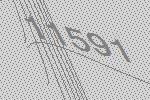
11591